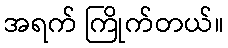
အရက် ကြိုက်တယ်။